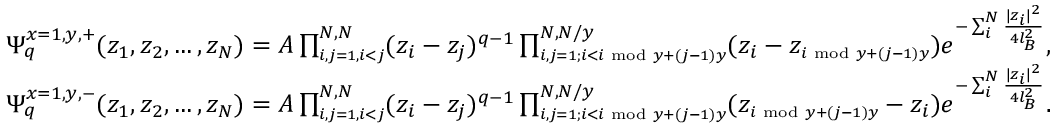
\begin{array} { l } { \Psi _ { q } ^ { x = 1 , y , + } ( z _ { 1 } , z _ { 2 } , \dots , z _ { N } ) = A \prod _ { \scriptscriptstyle { i , j = 1 , i < j } } ^ { N , N } ( z _ { i } - z _ { j } ) ^ { q - 1 } \prod _ { \scriptscriptstyle { i , j = 1 ; i < i \; \operatorname { m o d } \; y + ( j - 1 ) y } } ^ { N , N / y } ( z _ { i } - z _ { \scriptscriptstyle { i \; \operatorname { m o d } \; y + ( j - 1 ) y } } ) e ^ { - \sum _ { i } ^ { N } \frac { | z _ { i } | ^ { 2 } } { 4 l _ { B } ^ { 2 } } } , } \\ { \Psi _ { q } ^ { x = 1 , y , - } ( z _ { 1 } , z _ { 2 } , \dots , z _ { N } ) = A \prod _ { \scriptscriptstyle { i , j = 1 , i < j } } ^ { N , N } ( z _ { i } - z _ { j } ) ^ { q - 1 } \prod _ { \scriptscriptstyle { i , j = 1 ; i < i \; \operatorname { m o d } \; y + ( j - 1 ) y } } ^ { N , N / y } ( z _ { \scriptscriptstyle { i \; \operatorname { m o d } \; y + ( j - 1 ) y } } - z _ { i } ) e ^ { - \sum _ { i } ^ { N } \frac { | z _ { i } | ^ { 2 } } { 4 l _ { B } ^ { 2 } } } . } \end{array}